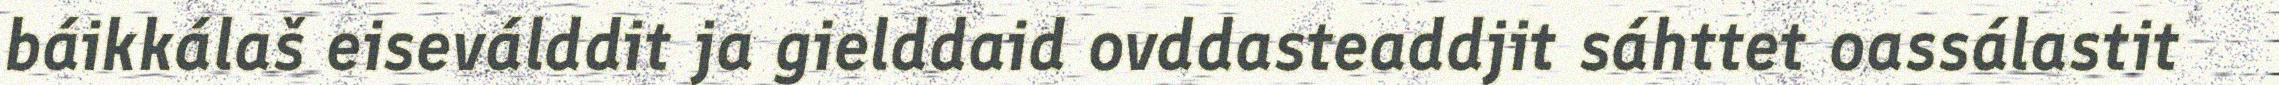
báikkálaš eiseválddit ja gielddaid ovddasteaddjit sáhttet oassálastit